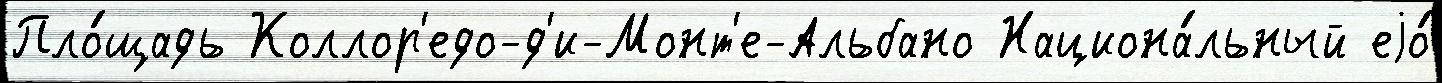
Пло́щадь Коллор'едо-д'и-Монт'е-Альбано Национа́льный еjо́